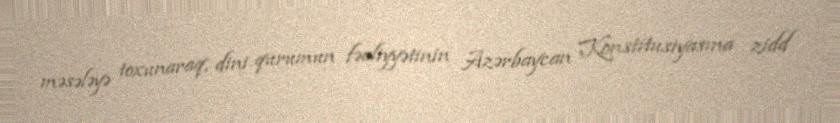
məsələyə toxunaraq, dini qurumun fəaliyyətinin Azərbaycan Konstitusiyasına zidd